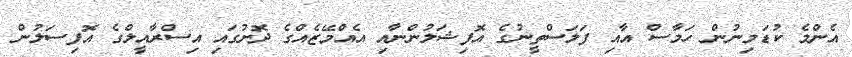
އެންމެ ކުޑަމިނުން ހަމާސް އާއި ފަލަސްތީނުގެ އޮފިޝަލުންނާއި އެއްމޭޒެއްގެ ދޮށުގައި އިސްރާއީލްގެ އޮފިސަލުން